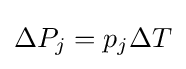
\Delta P_{j}=p_{j}\Delta T